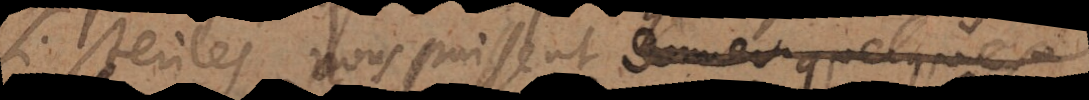
si stériles nous puissent donner quelques